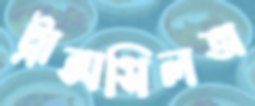
ট্রান্সসিলভা